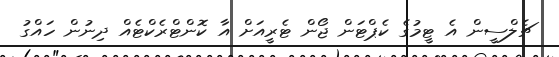
ޗެލްސީން އެ ޓީމުގެ ކެޕްޓަން ޖޯން ޓެރީއަށް އާ ކޮންޓްރެކްޓެއް ދިނުން ހައްގު